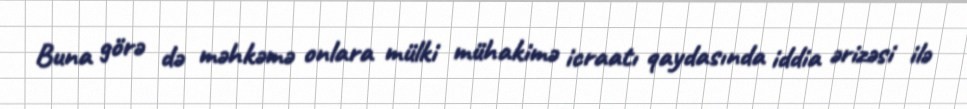
Buna görə də məhkəmə onlara mülki mühakimə icraatı qaydasında iddia ərizəsi ilə